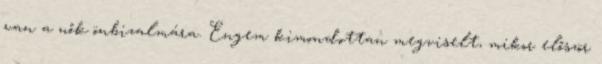
van a nők önbizalmára. Engem kimondottan megviselt, mikor először